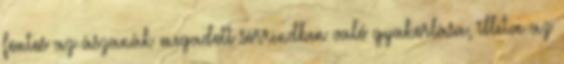
fontos az ászanák megadott sorrendben való gyakorlása, illetve az